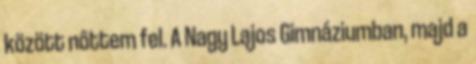
között nôttem fel. A Nagy Lajos Gimnáziumban, majd a